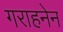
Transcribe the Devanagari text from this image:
गराहनेन